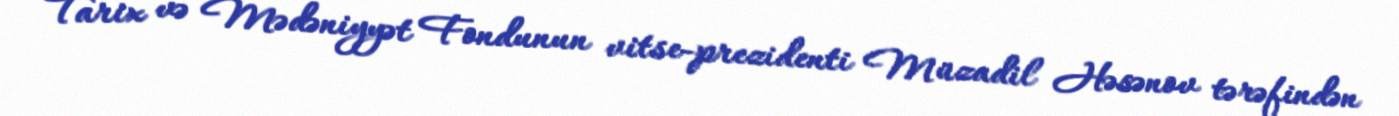
Tarix və Mədəniyyət Fondunun vitse-prezidenti Müzadil Həsənov tərəfindən